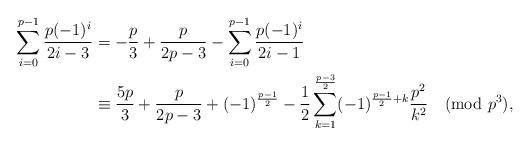
LaTeX: \begin{align*}\sum_{i=0}^{p-1}\frac{p(-1)^{i}}{2i-3}&=-\frac{p}{3}+\frac{p}{2p-3}-\sum_{i=0}^{p-1}\frac{p(-1)^{i}}{2i-1} \\&\equiv \frac{5p}{3}+\frac{p}{2p-3}+(-1)^{\frac{p-1}{2}}-\frac{1}{2}\sum_{k=1}^{\frac{p-3}{2}}(-1)^{\frac{p-1}{2}+k}\frac{p^2}{k^2}\pmod{p^3}, \end{align*}